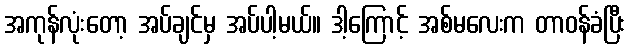
အကုန်လုံးတော့ အပ်ချင်မှ အပ်ပါ့မယ်။ ဒါ့ကြောင့် အစ်မလေးက တာဝန်ခံပြီး